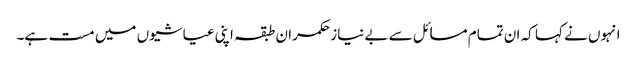
انہوں نے کہا کہ ان تمام مسائل سے بے نیاز حکمران طبقہ اپنی عیاشیوں میں مست ہے۔